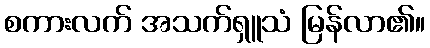
စကားလက် အသက်ရှူသံ မြန်လာ၏။